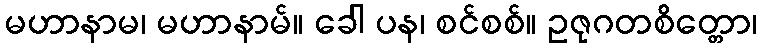
မဟာနာမ၊ မဟာနာမ်။ ခေါ ပန၊ စင်စစ်။ ဥဇုဂတစိတ္တော၊